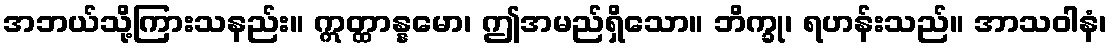
အဘယ်သို့ကြားသနည်း။ ဣတ္ထာန္နမော၊ ဤအမည်ရှိသော။ ဘိက္ခု၊ ရဟန်းသည်။ အာသဝါနံ၊